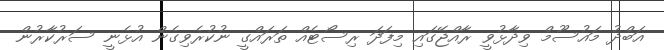
އަބްދު މައުސޫމް ވިދާޅުވީ ރާއްޖޭގައި މިފަދަ ރިސޯޓެއް ތަރައްގީ ނުކުރެވިގެން އުޅެނީ ސަރުކާރުން